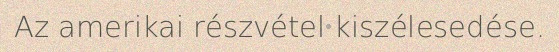
Az amerikai részvétel kiszélesedése.